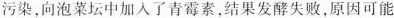
污染，向泡菜坛中加入了青霉素，结果发酵失败，原因可能